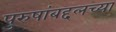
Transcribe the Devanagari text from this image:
पुरुषांबद्दलच्या